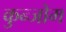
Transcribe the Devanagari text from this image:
कुन्जोम